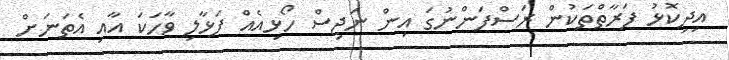
އިދިކޮޅު ފަރާތްތަކުން ރަސްފަންނުގަ އިން ނަޖިސް ހޯޅިއެއް ފަޅާލި ވާހަކަ އާއި އެތަނަށް